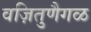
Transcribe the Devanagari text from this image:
वज़ितुणैगळ